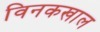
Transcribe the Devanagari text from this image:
विनकखाल